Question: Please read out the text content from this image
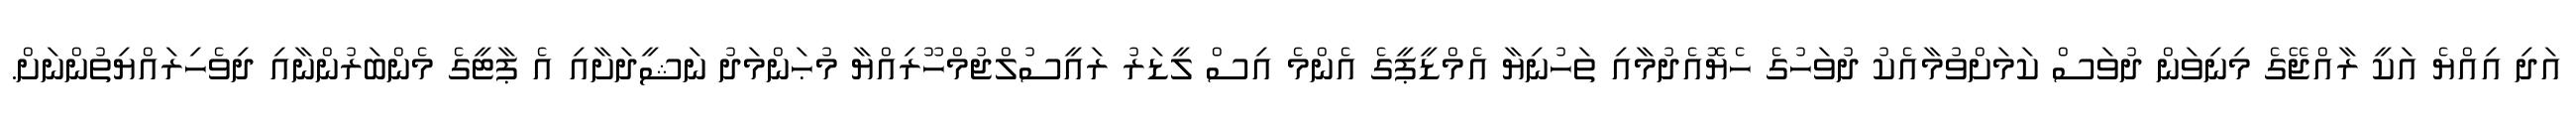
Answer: އަދި އިއްޔެ އަކީ ރާއްޖޭގެ މިނިވަން ދުވަސް ކަމަށްވުމާއެކު ދުވަހުގެ ހެޔޮއެދުމާއި ތަހުނިޔާ އެމްޑީޕީގެ އެންމެ އިސް ލީޑަރު ރައީސުލްޖުމްހޫރިއްޔާ މުޙަންމަދު ނަޝީދަށާއި އެ ޕާޓީގެ މެންބަރުންނާއި ދިވެހިރައްޔިތުންނަށް.